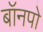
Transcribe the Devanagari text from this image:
बॉनपो